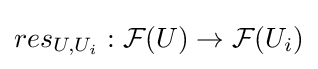
{res}_{U,U_{i}}:{\mathcal {F}}(U)\rightarrow {\mathcal {F}}(U_{i})